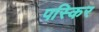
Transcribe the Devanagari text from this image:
पस्किर